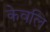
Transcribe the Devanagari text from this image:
केवलि